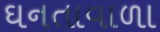
ઘનતાવાળા